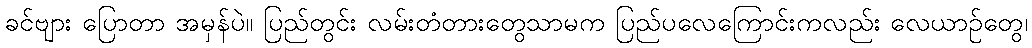
ခင်ဗျား ပြောတာ အမှန်ပဲ။ ပြည်တွင်း လမ်းတံတားတွေသာမက ပြည်ပလေကြောင်းကလည်း လေယာဉ်တွေ၊